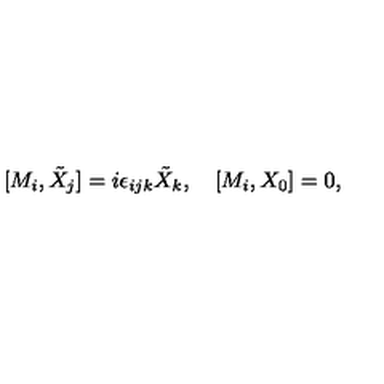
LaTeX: [ M _ { i } , \tilde { X } _ { j } ] = i \epsilon _ { i j k } \tilde { X } _ { k } , \quad [ M _ { i } , X _ { 0 } ] = 0 ,